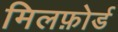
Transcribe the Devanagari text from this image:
मिलफ़ोर्ड